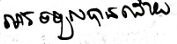
ការទទួលបានដោយ